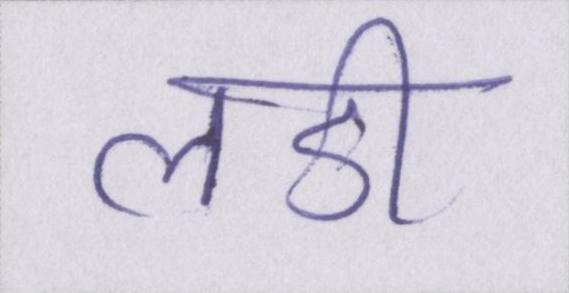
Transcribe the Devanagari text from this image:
लडी